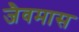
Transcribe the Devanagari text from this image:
जैवमास